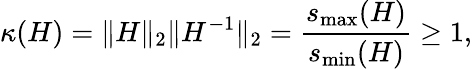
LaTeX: \kappa(H)=\| H\| _{2}\| H^{-1}\| _{2}=\frac{s_{\operatorname*{max}}(H)}{s_{\operatorname*{min}}(H)}\geq 1,